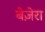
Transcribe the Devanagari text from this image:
बेज़ेरा